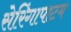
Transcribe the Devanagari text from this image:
सेरिंगापाटम